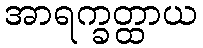
အာရက္ခတ္ထာယ